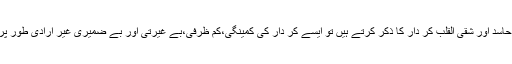
مثال کے طور پر جب وہ ایک ابلہ،خسیس،کینہ پرور، حاسد اور شقی القلب کر دار کا ذکر کرتے ہیں تو ایسے کر دار کی کمینگی،کم ظرفی،بے غیرتی اور بے ضمیری غیر ارادی طور پر اس کے اعمال و افعال سے ظاہر ہوتی چلی جاتی ہے۔